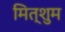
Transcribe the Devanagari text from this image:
मित्शुम